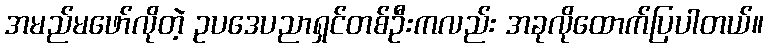
အမည်မဖော်လိုတဲ့ ဥပဒေပညာရှင်တစ်ဦးကလည်း အခုလိုထောက်ပြပါတယ်။